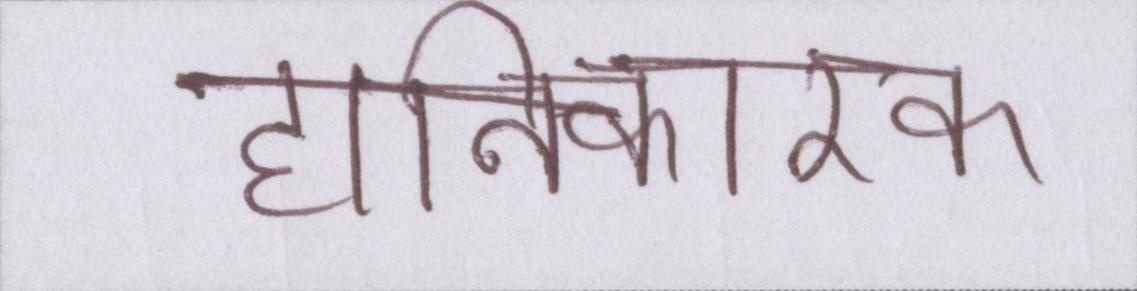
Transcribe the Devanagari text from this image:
हानिकारक